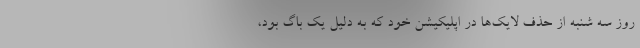
روز سه شنبه از حذف لایک‌ها در اپلیکیشن خود که به دلیل یک باگ بود،